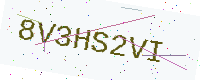
Text: 8V3HS2VI